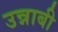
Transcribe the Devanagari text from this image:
उन्नाबी